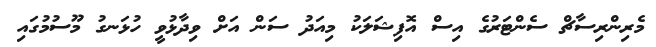
މެރިންރިސާޗް ސެންޓަރުގެ އިސް އޮފިޝަލަކު މިއަދު ސަން އަށް ވިދާޅުވީ ހުޅަނގު މޫސުމުގައި